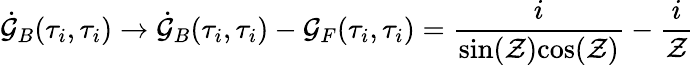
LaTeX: \dot{\cal G}_{B}(\tau_{i},\tau_{i})\rightarrow\dot{\cal G}_{B}(\tau_{i},\tau_{i})-{\cal G}_{F}(\tau_{i},\tau_{i})={\frac{i}{\mathrm{sin}({\cal Z})\mathrm{cos}({\cal Z})}}-{\frac{i}{\cal Z}}